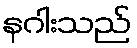
နဂါးသည်